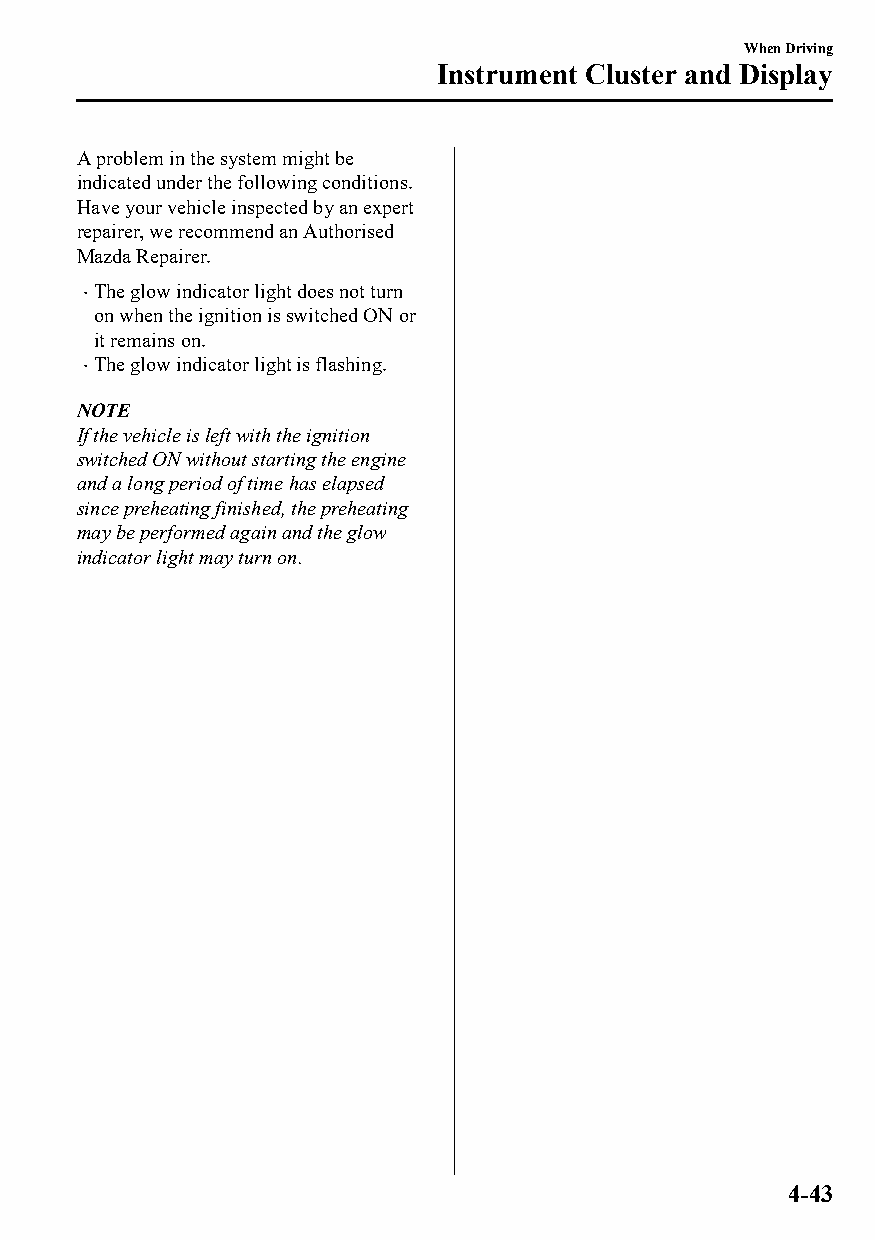
When Driving
 Instrument Cluster and Display
 A problem in the system might be
 indicated under the following conditions.
 Have your vehicle inspected by an expert
 repairer, we recommend an Authorised
 Mazda Repairer.
 The glow indicator light does not turn
 
 on when the ignition is switched ON or
 it remains on.
 The glow indicator light is flashing.
 
 NOTE
 If the vehicle is left with the ignition
 switched ON without starting the engine
 and a long period of time has elapsed
 since preheating finished, the preheating
 may be performed again and the glow
 indicator light may turn on.
 4-43
 CX-3_8GT4-EE-18D_Edition4                  2018-9-6 18:32:19